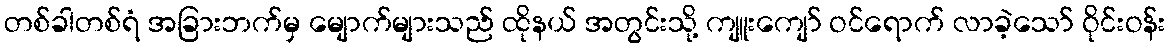
တစ်ခါတစ်ရံ အခြားဘက်မှ မျောက်များသည် ထိုနယ် အတွင်းသို့ ကျူးကျော် ဝင်ရောက် လာခဲ့သော် ဝိုင်းဝန်း